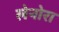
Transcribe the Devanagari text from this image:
लेनोरा